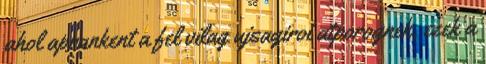
ahol aprankent a fel vilag ujsagiroi atporognek, ezek a